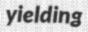
yielding